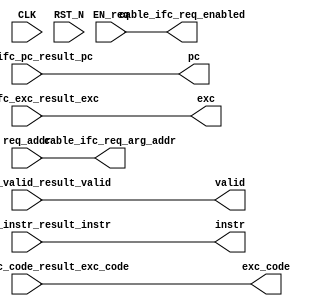
// This program was cloned from: https://github.com/rsnikhil/RISCV_Piccolo_v1
// License: MIT License

//
// Generated by Bluespec Compiler, version 2016.03.beta1 (build 34761, 2016-03-16)
//
// On Sat Jul  9 18:53:27 EDT 2016
//
//
// Ports:
// Name                         I/O  size props
// valid                          O     1
// pc                             O    32
// instr                          O    32
// exc                            O     1
// exc_code                       O     4
// cable_ifc_req_enabled          O     1
// cable_ifc_req_arg_addr         O    32
// CLK                            I     1 unused
// RST_N                          I     1 unused
// req_addr                       I    32
// cable_ifc_valid_result_valid   I     1
// cable_ifc_pc_result_pc         I    32
// cable_ifc_instr_result_instr   I    32
// cable_ifc_exc_result_exc       I     1
// cable_ifc_exc_code_result_exc_code  I     4
// EN_req                         I     1
//
// Combinational paths from inputs to outputs:
//   (req_addr, EN_req) -> cable_ifc_req_arg_addr
//   cable_ifc_valid_result_valid -> valid
//   cable_ifc_pc_result_pc -> pc
//   cable_ifc_instr_result_instr -> instr
//   cable_ifc_exc_result_exc -> exc
//   cable_ifc_exc_code_result_exc_code -> exc_code
//   EN_req -> cable_ifc_req_enabled
//
//

`ifdef BSV_ASSIGNMENT_DELAY
`else
  `define BSV_ASSIGNMENT_DELAY
`endif

`ifdef BSV_POSITIVE_RESET
  `define BSV_RESET_VALUE 1'b1
  `define BSV_RESET_EDGE posedge
`else
  `define BSV_RESET_VALUE 1'b0
  `define BSV_RESET_EDGE negedge
`endif

module mkICache_Socket(CLK,
		       RST_N,

		       req_addr,
		       EN_req,

		       valid,

		       pc,

		       instr,

		       exc,

		       exc_code,

		       cable_ifc_req_enabled,

		       cable_ifc_req_arg_addr,

		       cable_ifc_valid_result_valid,

		       cable_ifc_pc_result_pc,

		       cable_ifc_instr_result_instr,

		       cable_ifc_exc_result_exc,

		       cable_ifc_exc_code_result_exc_code);
  input  CLK;
  input  RST_N;

  // action method req
  input  [31 : 0] req_addr;
  input  EN_req;

  // value method valid
  output valid;

  // value method pc
  output [31 : 0] pc;

  // value method instr
  output [31 : 0] instr;

  // value method exc
  output exc;

  // value method exc_code
  output [3 : 0] exc_code;

  // value method cable_ifc_req_enabled
  output cable_ifc_req_enabled;

  // value method cable_ifc_req_arg_addr
  output [31 : 0] cable_ifc_req_arg_addr;

  // action method cable_ifc_valid_result
  input  cable_ifc_valid_result_valid;

  // action method cable_ifc_pc_result
  input  [31 : 0] cable_ifc_pc_result_pc;

  // action method cable_ifc_instr_result
  input  [31 : 0] cable_ifc_instr_result_instr;

  // action method cable_ifc_exc_result
  input  cable_ifc_exc_result_exc;

  // action method cable_ifc_exc_code_result
  input  [3 : 0] cable_ifc_exc_code_result_exc_code;

  // signals for module outputs
  wire [31 : 0] cable_ifc_req_arg_addr, instr, pc;
  wire [3 : 0] exc_code;
  wire cable_ifc_req_enabled, exc, valid;

  // rule scheduling signals
  wire CAN_FIRE_cable_ifc_exc_code_result,
       CAN_FIRE_cable_ifc_exc_result,
       CAN_FIRE_cable_ifc_instr_result,
       CAN_FIRE_cable_ifc_pc_result,
       CAN_FIRE_cable_ifc_valid_result,
       CAN_FIRE_req,
       WILL_FIRE_cable_ifc_exc_code_result,
       WILL_FIRE_cable_ifc_exc_result,
       WILL_FIRE_cable_ifc_instr_result,
       WILL_FIRE_cable_ifc_pc_result,
       WILL_FIRE_cable_ifc_valid_result,
       WILL_FIRE_req;

  // action method req
  assign CAN_FIRE_req = 1'd1 ;
  assign WILL_FIRE_req = EN_req ;

  // value method valid
  assign valid = cable_ifc_valid_result_valid ;

  // value method pc
  assign pc = cable_ifc_pc_result_pc ;

  // value method instr
  assign instr = cable_ifc_instr_result_instr ;

  // value method exc
  assign exc = cable_ifc_exc_result_exc ;

  // value method exc_code
  assign exc_code = cable_ifc_exc_code_result_exc_code ;

  // value method cable_ifc_req_enabled
  assign cable_ifc_req_enabled = EN_req ;

  // value method cable_ifc_req_arg_addr
  assign cable_ifc_req_arg_addr = req_addr ;

  // action method cable_ifc_valid_result
  assign CAN_FIRE_cable_ifc_valid_result = 1'd1 ;
  assign WILL_FIRE_cable_ifc_valid_result = 1'd1 ;

  // action method cable_ifc_pc_result
  assign CAN_FIRE_cable_ifc_pc_result = 1'd1 ;
  assign WILL_FIRE_cable_ifc_pc_result = 1'd1 ;

  // action method cable_ifc_instr_result
  assign CAN_FIRE_cable_ifc_instr_result = 1'd1 ;
  assign WILL_FIRE_cable_ifc_instr_result = 1'd1 ;

  // action method cable_ifc_exc_result
  assign CAN_FIRE_cable_ifc_exc_result = 1'd1 ;
  assign WILL_FIRE_cable_ifc_exc_result = 1'd1 ;

  // action method cable_ifc_exc_code_result
  assign CAN_FIRE_cable_ifc_exc_code_result = 1'd1 ;
  assign WILL_FIRE_cable_ifc_exc_code_result = 1'd1 ;
endmodule  // mkICache_Socket